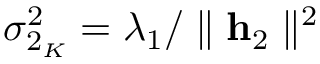
\sigma _ { 2 _ { K } } ^ { 2 } = \lambda _ { 1 } / \parallel \mathbf { h } _ { 2 } \parallel ^ { 2 }